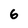
Character: 6